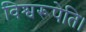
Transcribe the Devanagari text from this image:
विश्वरूपेति।